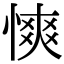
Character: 慡